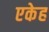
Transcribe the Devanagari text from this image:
एकेह